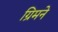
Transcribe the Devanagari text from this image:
ग्रिमने